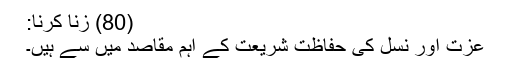
(80) زنا کرنا:
عزت اور نسل کی حفاظت شریعت کے اہم مقاصد میں سے ہیں۔